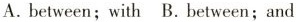
A.between;with B.between;and